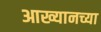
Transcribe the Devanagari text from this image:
आख्यानच्या